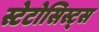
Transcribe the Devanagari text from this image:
स्टेटोसिस्ट्स